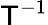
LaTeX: {\mathsf{T}}^{-1}